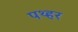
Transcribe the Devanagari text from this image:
पथ्हर